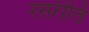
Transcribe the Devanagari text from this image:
रसरीति